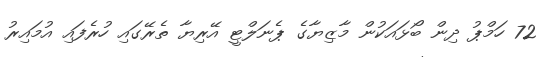
72 ހަމްޕު ދިން ބޯޅައަކުން މާޒިޔާގެ ޕެނަލްޓީ އޭރިޔާ ތެރޭގައި ހުރެފައި އުމައިރު